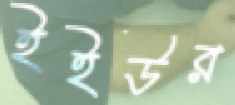
ইইউর